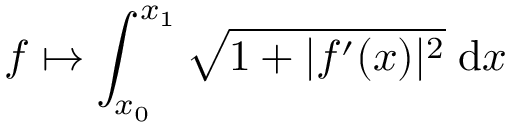
f \mapsto \int _ { x _ { 0 } } ^ { x _ { 1 } } { \sqrt { 1 + | f ^ { \prime } ( x ) | ^ { 2 } } } \; \mathrm { d } x